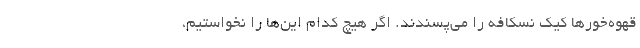
قهوه‌خورها کیک نسکافه را می‌پسندند. اگر هیچ کدام این‌ها را نخواستیم،